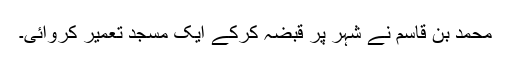
محمد بن قاسم نے شہر پر قبضہ کرکے ایک مسجد تعمیر کروائی۔